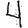
Digit: 4